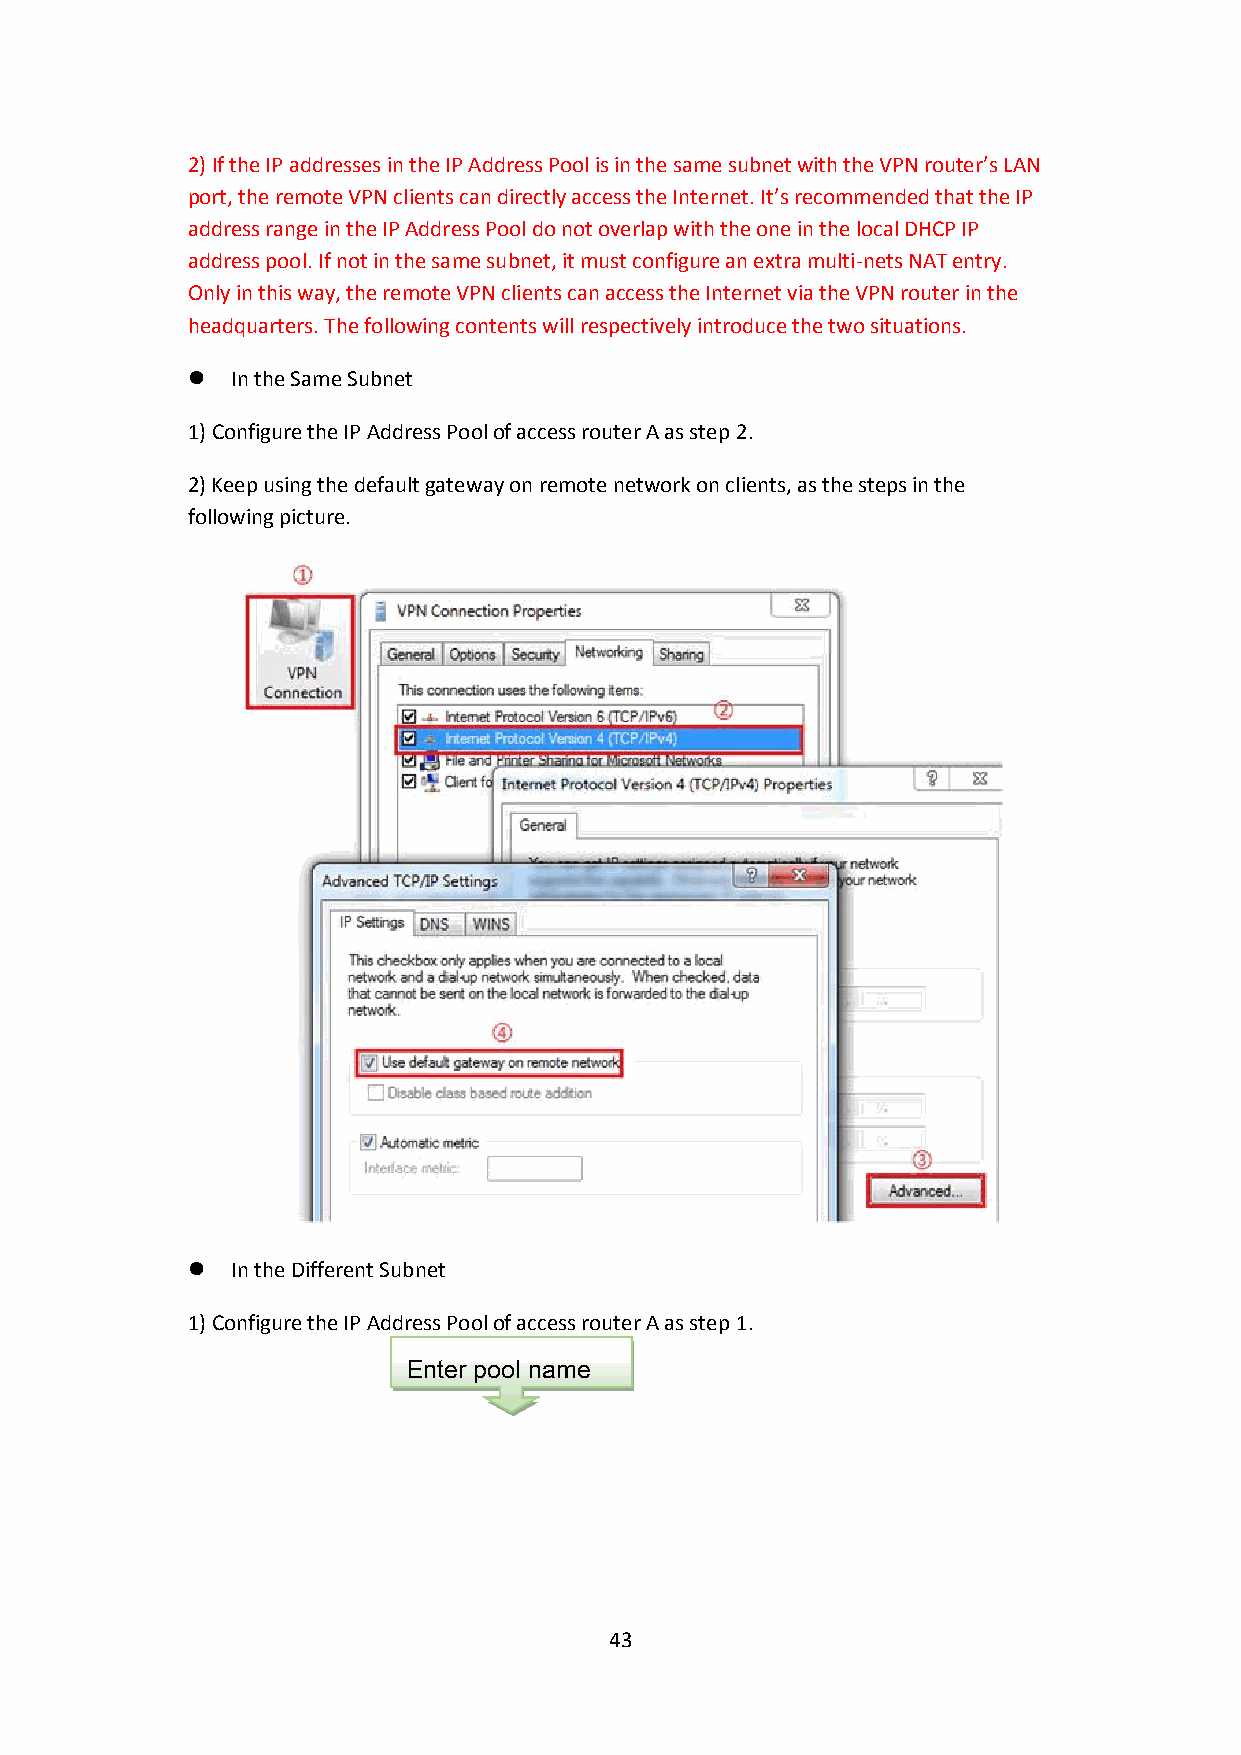
2) If the IP addresses in the IP Address Pool is in the same subnet with the VPN router’s LAN
 port, the remote VPN clients can directly access the Internet. It’s recommended that the IP
 address range in the IP Address Pool do not overlap with the one in the local DHCP IP
 address pool. If not in the same subnet, it must configure an extra multi-nets NAT entry.
 Only in this way, the remote VPN clients can access the Internet via the VPN router in the
 headquarters. The following contents will respectively introduce the two situations.
   In the Same Subnet
 1) Configure the IP Address Poolof access router A as step 2.
 2) Keep using the default gateway on remote network on clients,as the steps in the
 following picture.
   In the Different Subnet
 1) Configure the IP Address Poolof access router A as step 1.
 Enter pool name
 43